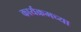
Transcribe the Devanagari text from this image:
कार्यक्रमच्या